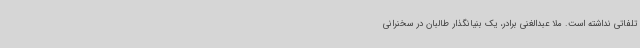
تلفاتی نداشته است. ملا عبدالغنی برادر، یک بنیانگذار طالبان در سخنرانی